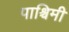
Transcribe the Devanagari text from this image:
पाश्चिमी